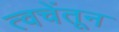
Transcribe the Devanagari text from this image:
त्वचेंतून